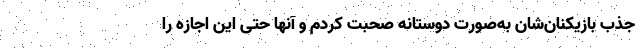
جذب بازیکنان‌شان به‌صورت دوستانه صحبت کردم و آنها حتی این اجازه را